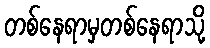
တစ်နေရာမှတစ်နေရာသို့